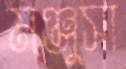
মঞ্জুসা